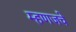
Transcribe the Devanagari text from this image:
म्हणजचे